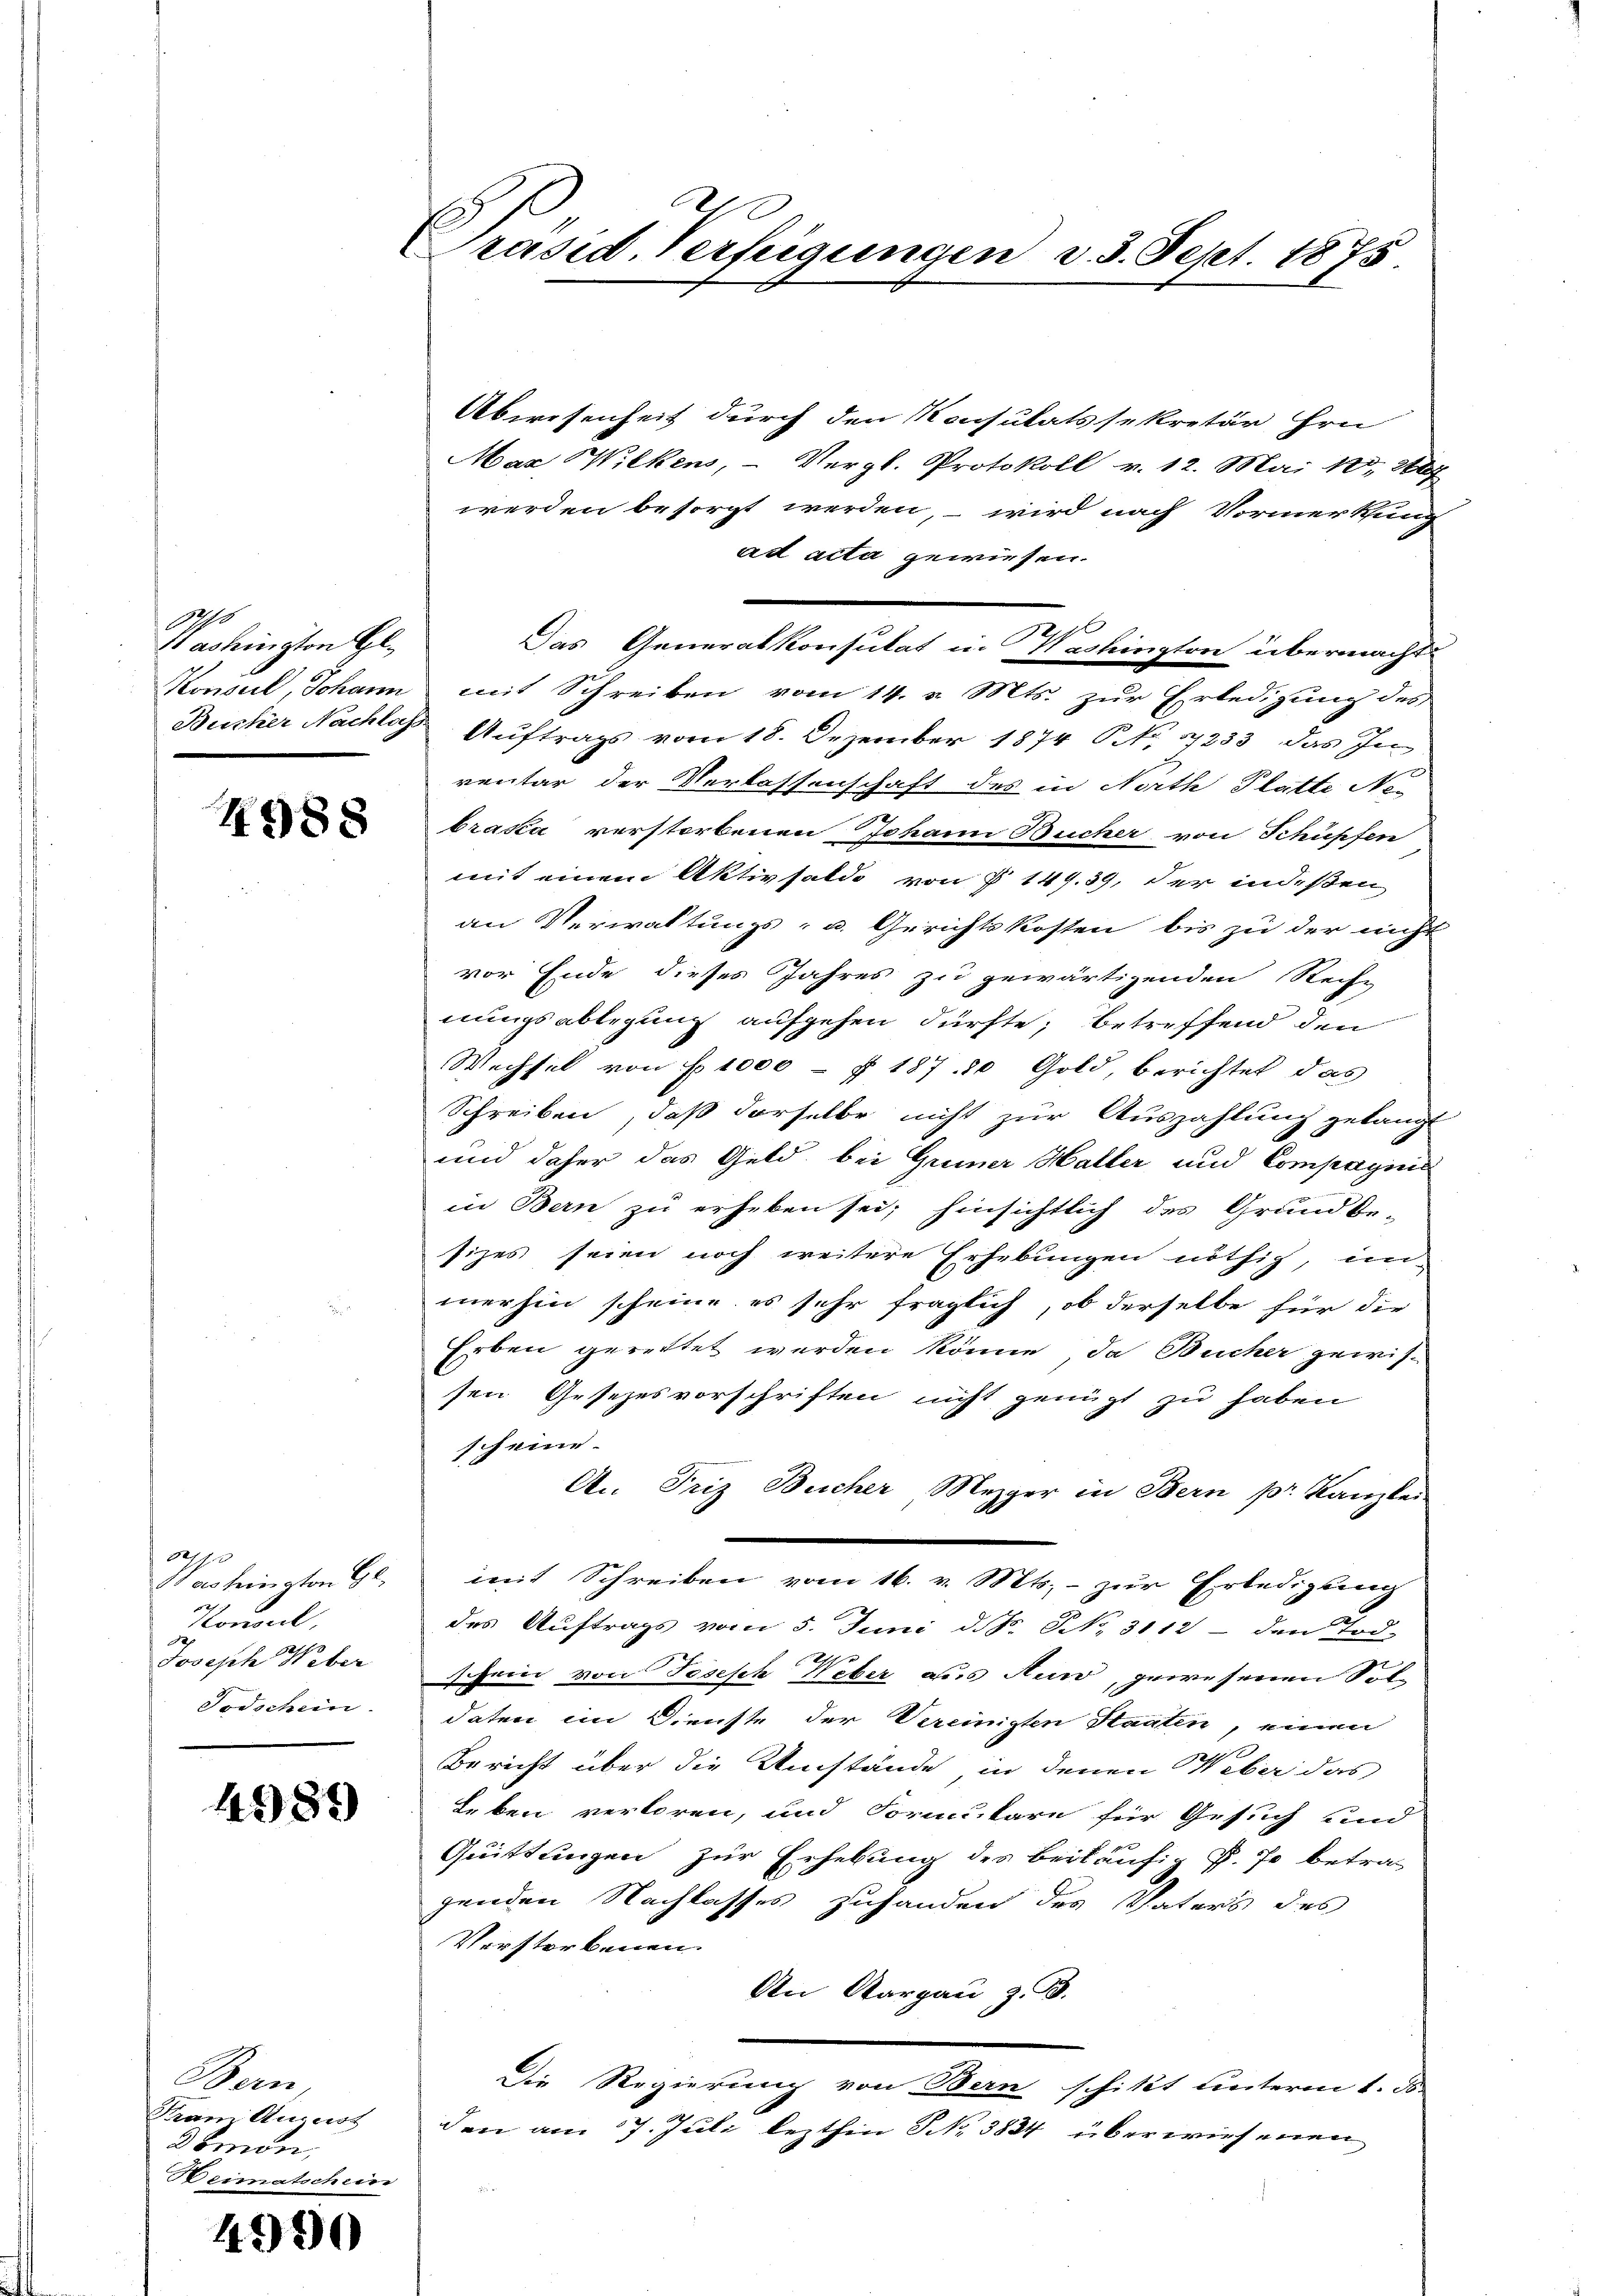
Achs
St achington Gl

4988

320
Bas feington Gl.
Konsul,
Joseph Weber
Todschein.

4989

Bern,
Tham August
3bmon,
Heimatschein

4990

Präsid. Verfügungen d. 3. Sept. 1875

Abwesenheit durch den Konsulatssekretär hrn
Max Wilkens, - Vergl. Protokoll v. 12. Mai 185, 2004
werden besorgt werden, – wird nach Vormerkung
ad acta gewiesen.
E
Das Generalkonsulat in Washington übermacht.
Konsul, Johann mit Schreiben vom 14. v. Mts. zŭr Erledigŭng des
Busker Nachlich Auftrags vom 18. Dezember 1874 P. Nr. 17233 das In
ventar der Verlassenschaft des in North Platte Ne-
brasia verstorbenen Johann Bucher von Schüpfen
mit einem Aktivsaldo von § 149. 39, der indeßen
an Verwaltungs- u. Gerichtskosten bis zu der nicht
vor Ende dieses Jahres zu gewärtigenden Reche
nungsablegung aufgehen dürfte; betreffend den
Wechsel von No 1000 - f 187. 20 Gold, berichtet das
Schreiben, daß derselbe nicht zur Auszahlung gelangt
und daher das Geld, bei Grüner Haller und Compagnis
in Bern zu erheben sei; hinsichtlich des Grundbe-
sizes seien noch weitere Erhebungen nöthig, in
merhin scheine es sehr fraglich, ob derselbe für die
Erben gerettet werden könne, da Bucher gewis-
sen Gesezesvorschriften nicht genügt zu haben
sch eine
An Friz Bucher Mezger in Bern pr. Kanzlei
mit Schreiben vom 16. v. Mts. - zur Erledigung
des Auftrags vom 5. Juni d. J. NNo. 3112 - den Tod.
schein von Joseph Weber aus Auw, gewesenen Soldaten im Dienste der Vereinigten Staaten, einen
Bericht über die Umstände, in denen Weber das
Leben verloren, und Formulare für Gesuch und
Quittungen zur Erhebung des beiläufig P. J. betra
genden Nachlasses zuhanden des Vaters des
Verstorbenen
An Aargau z. B.
Die Regierung von Bern schitzt unterm 1. ds.
den am 7. Juli lezthin S. 3834 überwiesenen